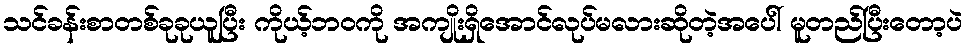
သင်ခန်းစာတစ်ခုခုယူပြီး ကိုယ့်ဘဝကို အကျိုးရှိအောင်လုပ်မလားဆိုတဲ့အပေါ် မူတည်ပြီးတော့ပဲ